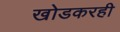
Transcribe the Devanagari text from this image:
खोडकरही